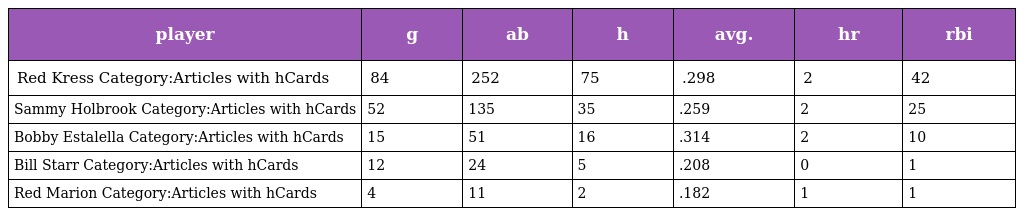
| player | g | ab | h | avg. | hr | rbi |
 | --- | --- | --- | --- | --- | --- | --- |
 | Red Kress Category:Articles with hCards | 84 | 252 | 75 | .298 | 2 | 42 |
 | Sammy Holbrook Category:Articles with hCards | 52 | 135 | 35 | .259 | 2 | 25 |
 | Bobby Estalella Category:Articles with hCards | 15 | 51 | 16 | .314 | 2 | 10 |
 | Bill Starr Category:Articles with hCards | 12 | 24 | 5 | .208 | 0 | 1 |
 | Red Marion Category:Articles with hCards | 4 | 11 | 2 | .182 | 1 | 1 |